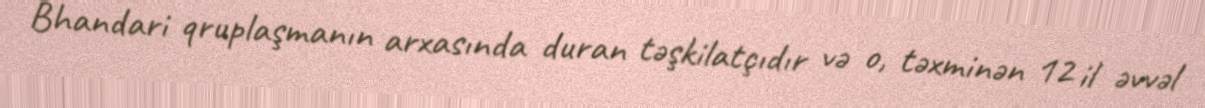
Bhandari qruplaşmanın arxasında duran təşkilatçıdır və o, təxminən 12 il əvvəl